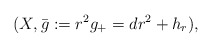
\begin{align*} (X,\bar{g}:=r^2g_+=dr^2+h_r), \end{align*}